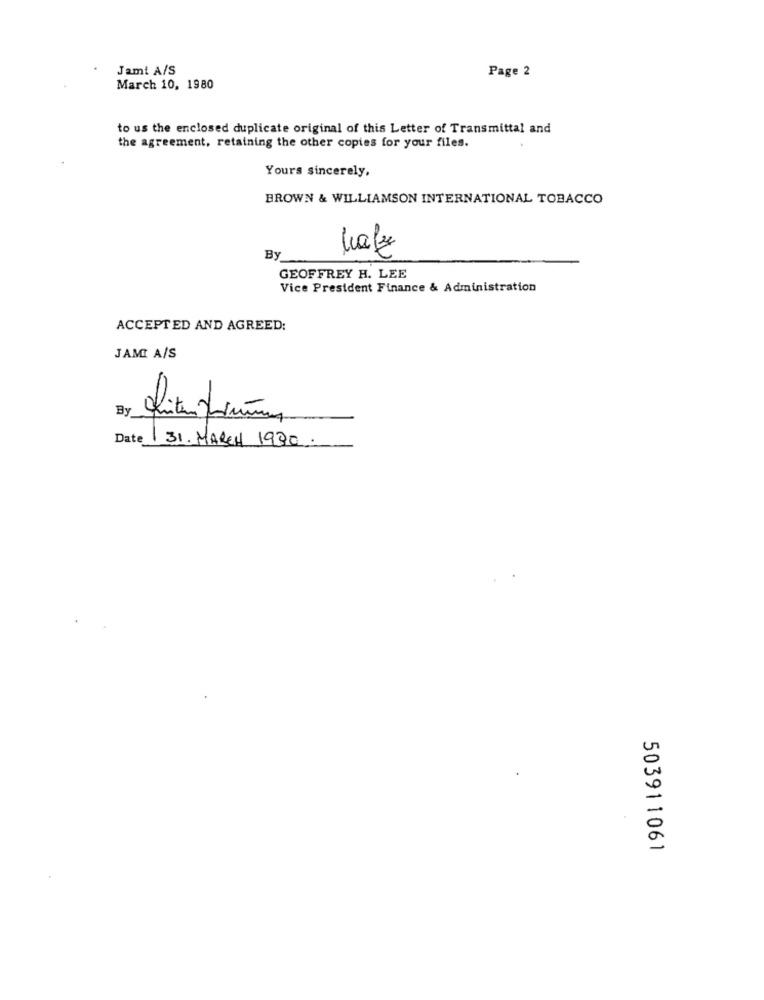
Jami A/S
Page 2
March 10, 1980
to us the enclosed duplicate original of this Letter of Transmittal and
the agreement, retaining the other copies for your files.
Yours sincerely,
BROWN & WILLIAMSON INTERNATIONAL TOBACCO
lafz
By
GEOFFREY H. LEE
Vice President Finance & Administration
ACCEPTED AND AGREED:
JAMI A/S
By
gliter Kum
Date 31. MARCH 1930.
503911061